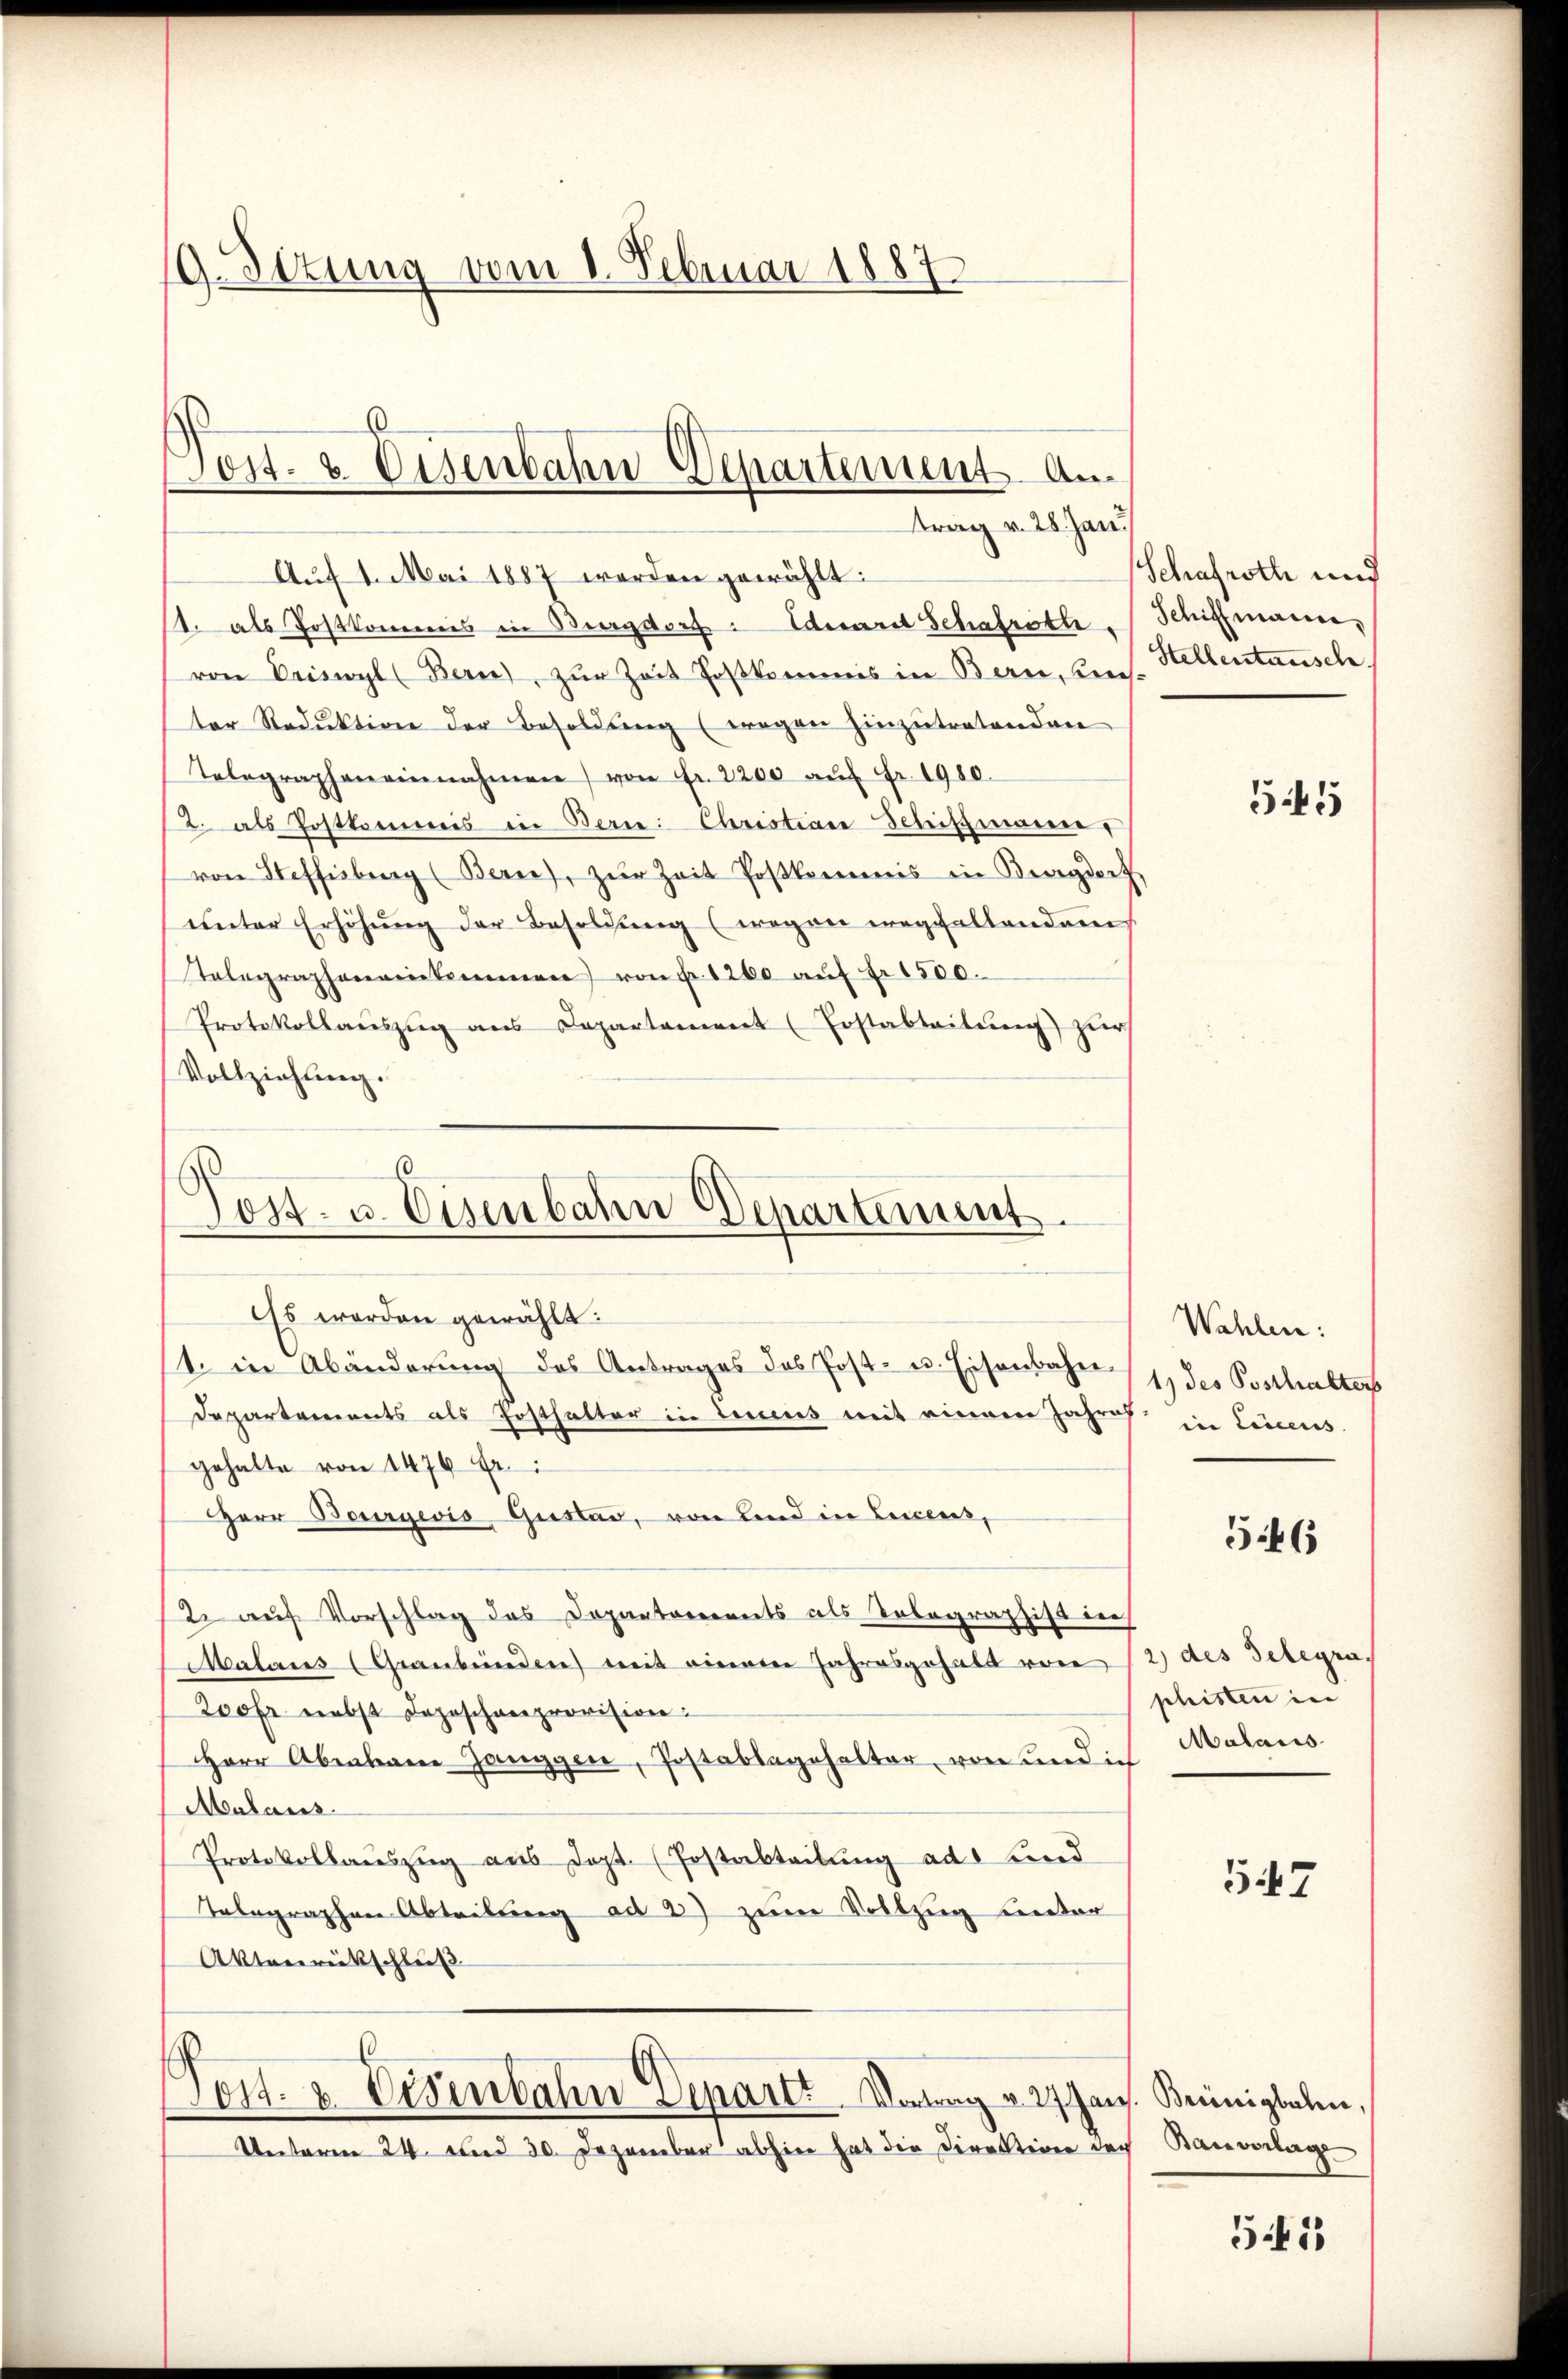
9. Situng vom 1. Februar 1887

Sest. v. Eisenbahn Departement. An
trag v. 28. Jan.

Auf 1. Mai 1887 werden gewählt:
1. als Postkommnis in Burgdorf. Edwardt Schafröth, Schiffmann,
ven Eriswyl (Bern), zur Zeit Postkommis in Bern, Kies-
ter Reduktion der Besoldung (wegen hinzutretenden
Telegrapheneinnahmen) von Fr. 2200 aŭf Fr. 1980.
2. als Postkommis in Bern: Christian Schiffmanne
von Steffisburg (Berne, zŭr Zeit Postkommis in Kragdorf
unter Erhöhung der Besoldung (wegen wegfallendene
Telegraphenreinkommen von Fr. 1260 aŭf fr. 1500.
Protokollaŭszŭg ans Departament (Erstabteilŭng zŭr
Vollziehung.

6
Tost- u. Eisenbahn Departement
Ess worden gewählt:

1. in Abänderŭng des Antrages des Post- u. Eisenbahn-
Departements als Posthalter in Leuens mit einem Jahres in Licens
gehalte von 1476. Er
Herr Bourgeois Gustav, von Land in Leicens,
2 auf Vorschlag des Dopartements als Telegraphist in
Malans (Graubünden) mit einem Jahresgehalt von
200 fr nebst doposchanprovision:
Herr Abrahan Zanggen, Postablagehalter, von und ich Malaus
Malaus
Protokollaŭszŭg aŭs dept. (Postabteilung ad find
Telegraphen Abteilung ad 2) zum Vollzug unter
Aktenrütschluß

Tott. u. Eisenbahn Depart. Vortrag v. 27. Jan. Beinigbalm,

Unterm 24. und 30. Dezember abhin hat die Direktion doch Bauvorlage

Schafroth und
Stellentausch

545

Wahlen:
1) des Posthalters

546

2) des Gelegrashisten in

547

51